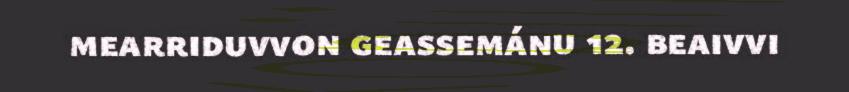
mearriduvvon geassemánu 12. beaivvi